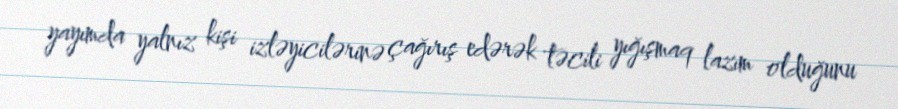
yayımda yalnız kişi izləyicilərinə çağırış edərək təcili yığışmaq lazım olduğunu